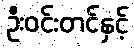
ဦးဝင်းတင်နှင့်